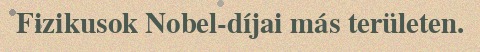
Fizikusok Nobel-díjai más területen.